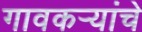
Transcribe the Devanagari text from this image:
गावकर्‍यांचे